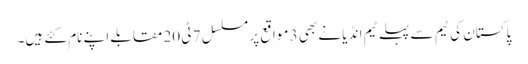
پاکستان کی ٹیم سے پہلے ٹیم انڈیا نے بھی 3 مواقع پر مسلسل 7 ٹی 20 مقابلے اپنے نام کئے ہیں۔